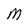
Character: M